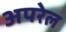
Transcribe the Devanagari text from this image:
अपरेल